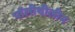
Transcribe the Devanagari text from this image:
पॉलीथीलीन